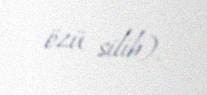
özü silib).